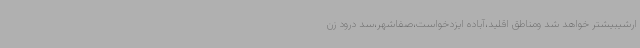
ارشیبیشتر خواهد شد ومناطق اقلید،آباده ایزدخواست،صفاشهر،سد درود زن